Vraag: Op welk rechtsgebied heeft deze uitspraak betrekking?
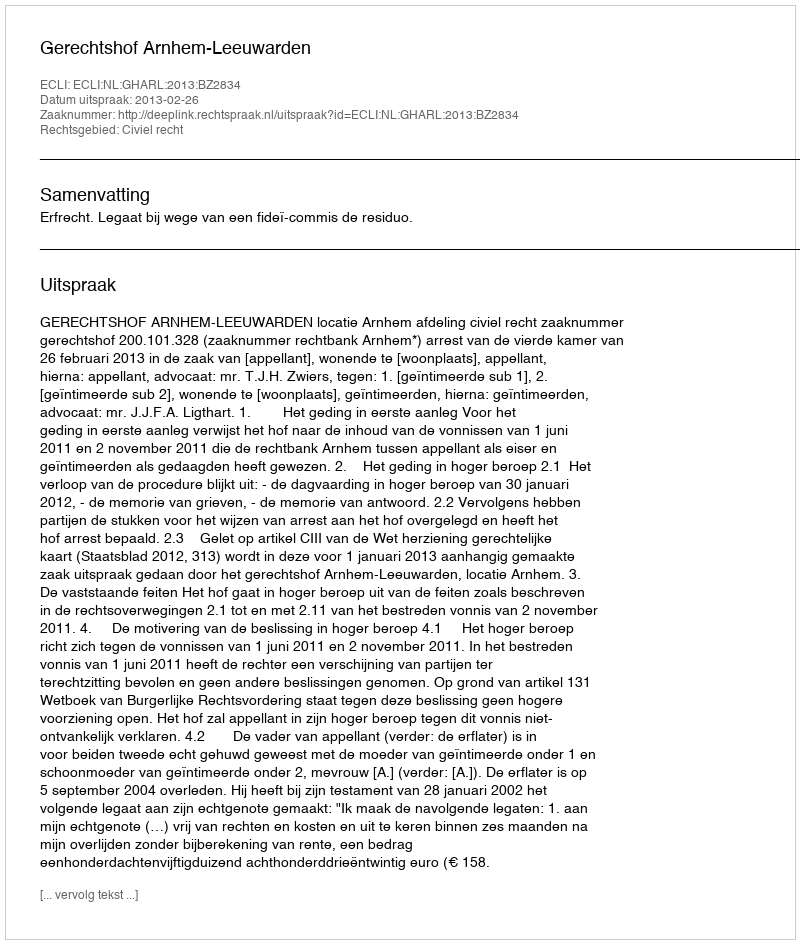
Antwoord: Civiel recht